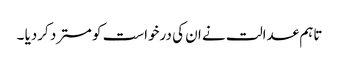
تاہم عدالت نے ان کی درخواست کو مسترد کردیا ۔